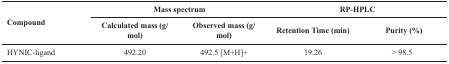
| <ROWSPAN=2> Compound | <COLSPAN=2> Mass spectrum | <COLSPAN=2> RP-HPLC |
 | Calculated mass (g/mol) | Observed mass (g/mol) | Retention Time (min) | Purity(%) |
 | --- | --- | --- | --- | --- |
 | HYNIC-ligand | 492.20 | 492.5 [M+H]+ | 19.26 | > 98.5 |